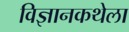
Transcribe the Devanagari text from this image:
विज्ञानकथेला